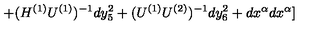
+ ( H ^ { ( 1 ) } U ^ { ( 1 ) } ) ^ { - 1 } d y _ { 5 } ^ { 2 } + ( U ^ { ( 1 ) } U ^ { ( 2 ) } ) ^ { - 1 } d y _ { 6 } ^ { 2 } + d x ^ { \alpha } d x ^ { \alpha } ]